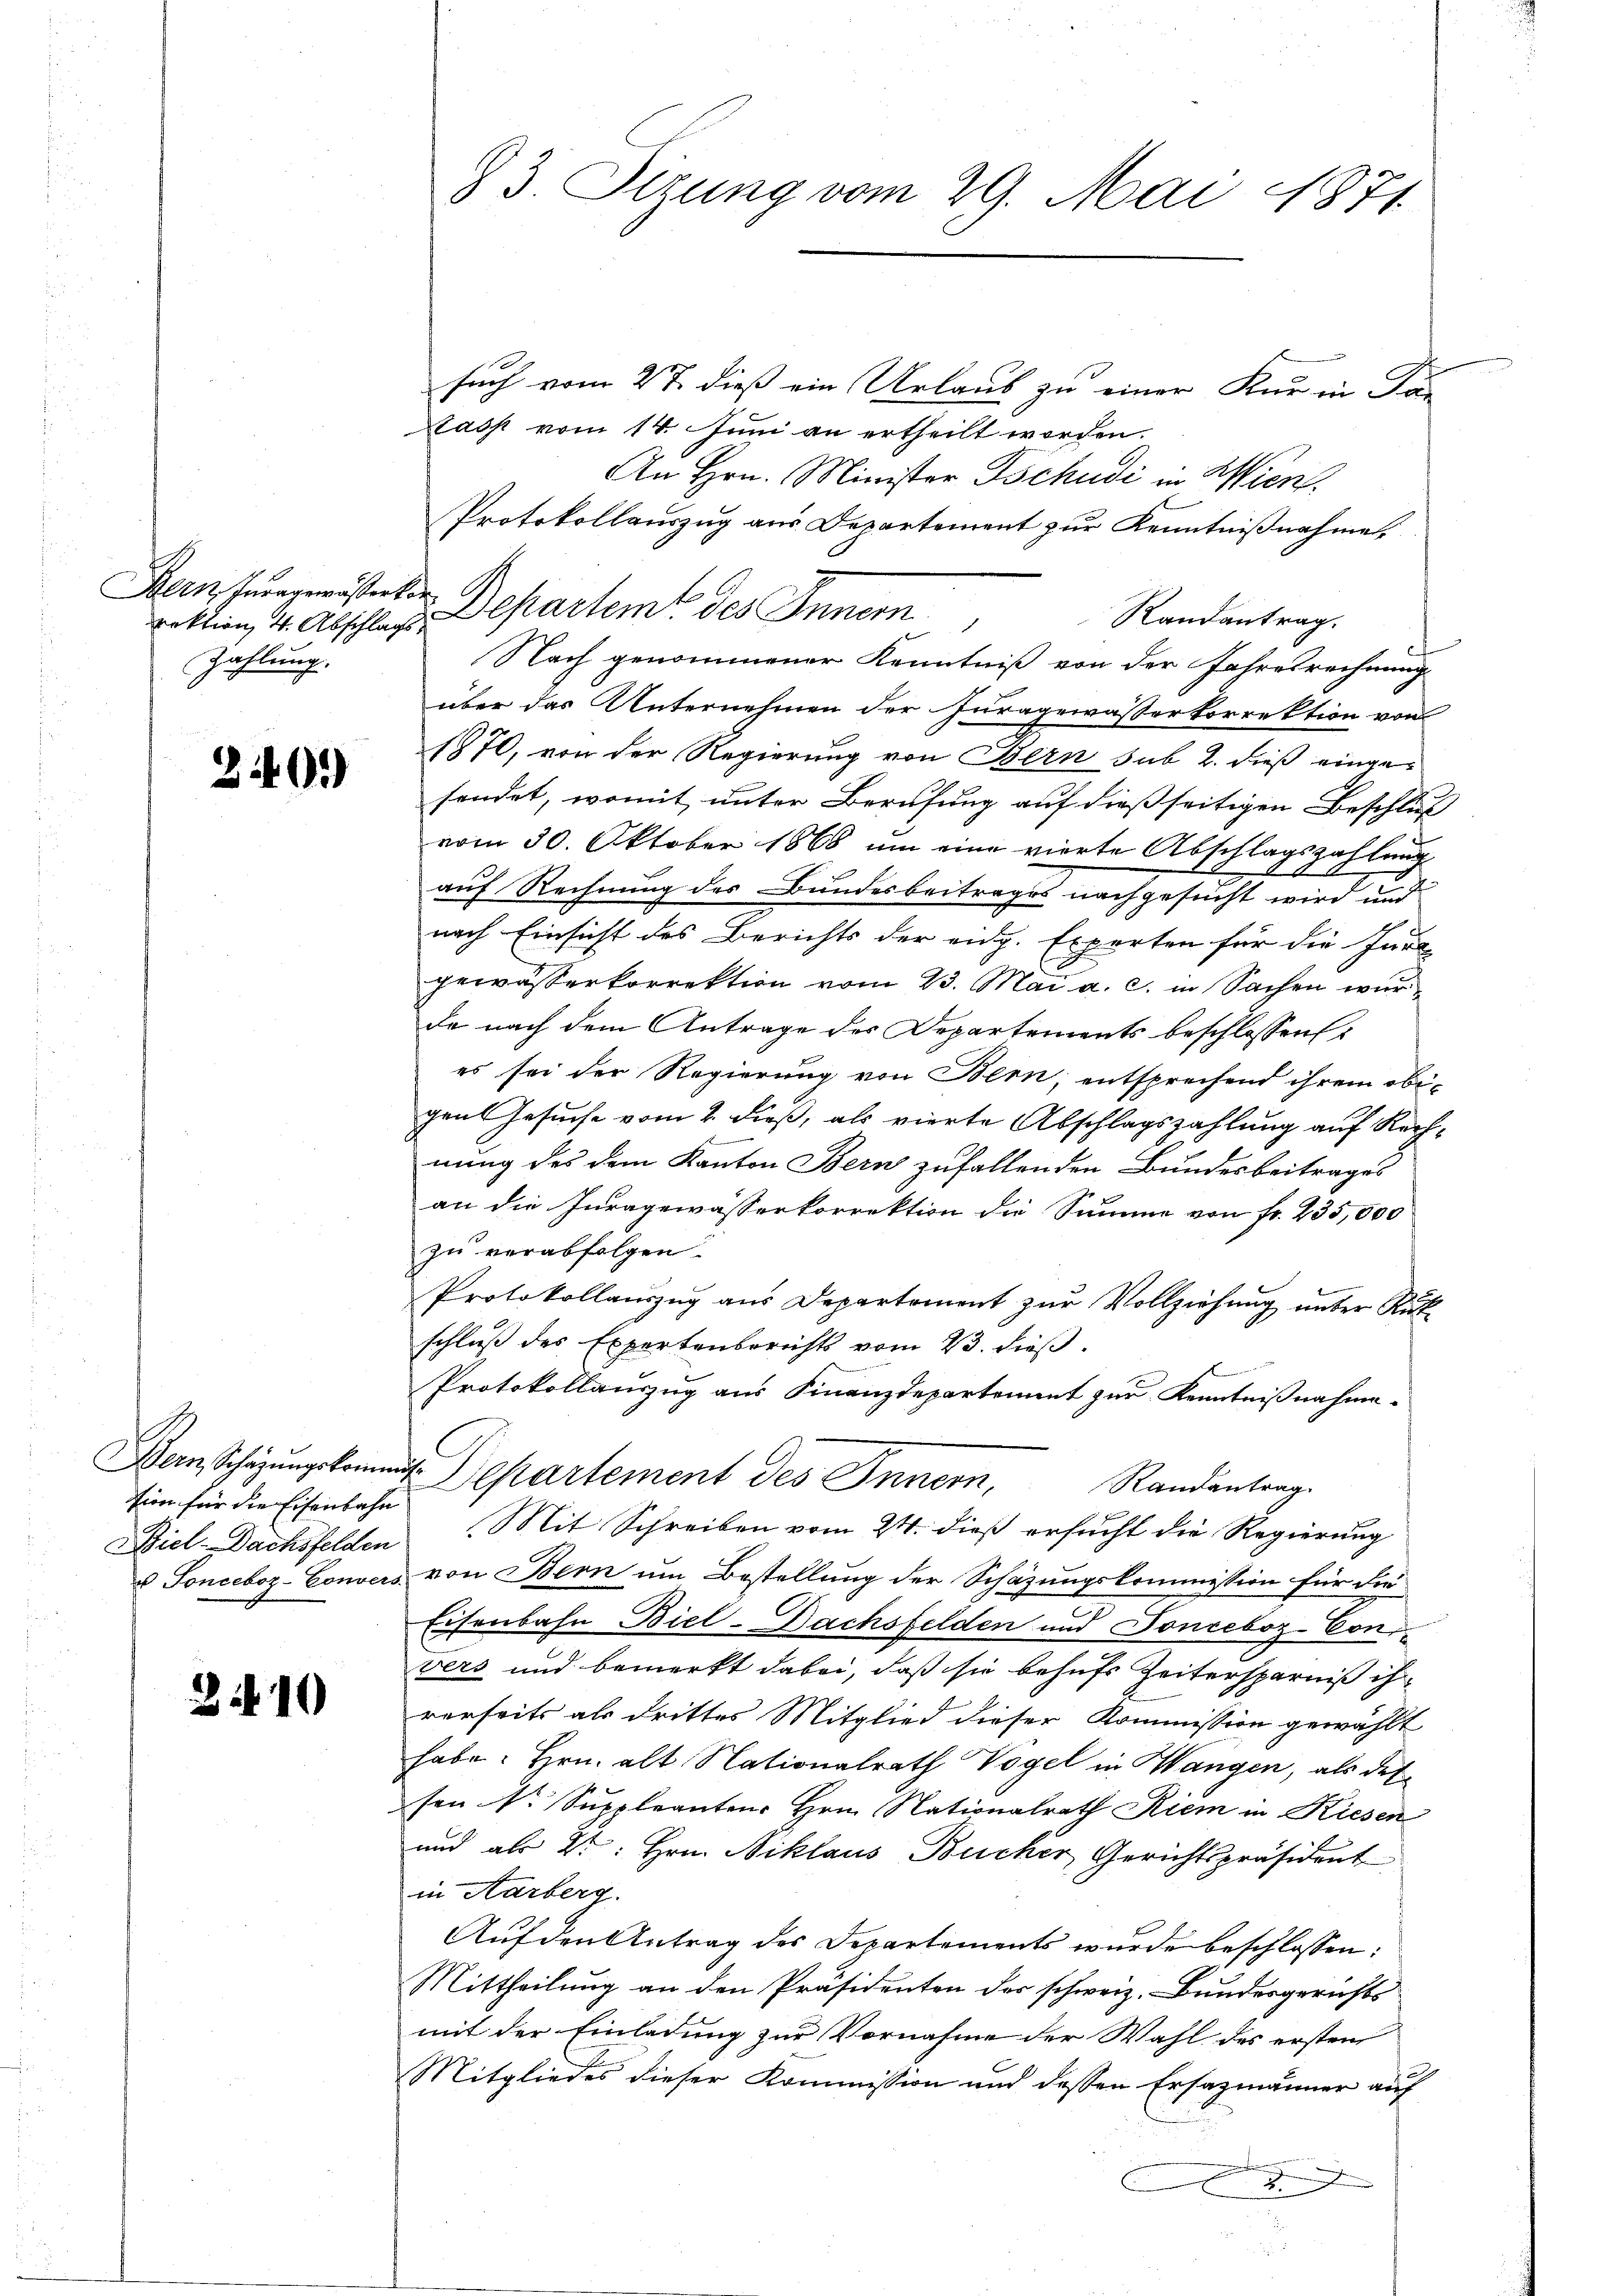
Bern Invagemästerkor¬
Zahlung.

201)

tion für die Eisenbahn

10

such vom 27. dieß ein Urlaub zu einer Kur in Par
Dass vom 14. Juni an ertheilt worden.
An Hrn. Minister Tschudi in Wien,
Protokollauszug aus Departement zur Kenntnißnahme.
rektion, 4. Abschlag, Departem des Innern,
Randantrag.
Nach genommener Kenntniß von der Jahresrechnung
über das Unternehmen der Furagewässerkorrektion von
1870, von der Regierung von Bern sub 2. dieß eingesendet, womit unter Berufung auf dießseitigen Beschluß
vom 30. Oktober 1868 um eine vierte Abschlagszahlung
auf Rechnung des Bundesbeitrages nachgesucht wird und
nach Einsicht des Berichts der eidg. Experten für die Jur
gewässerkorrektion vom 23. Mai a. c. in Sachen wurda nach dem Antrage des Departements beschlossen
es sei der Regierung von Bern, entsprechend ihrem obigen Gesuche vom 2. dieß, als vierte Abschlagszahlung auf Rechf
nung des dem Kanton Bern zufallenden Bundesbeitrages
an die Inragewässerkorrektion die Summe von fr. 235,000
zu verabfolgen.

Protokollaŭszŭg aŭs Departement zŭr Vollziehŭng unter Rük
schluß des Expertenberichts vom 23. dieß.
Protokollauszug aus Finanzdepartement zur Kenntnißnahme
Departement des Innern,
Randantrag.
Diel-Dachsfelden Mit Schreiben vom 24. dieß ersucht die Regierung
u Sonceboz-Convers von Bern um Bestellung der Schazungskommission für die
Eisenbahn Biel-Dachsfelden und Ponceboz-Con
vers und bemerkt dabei, daß sie behufs Zeitersparniß ihr
rerseits als drittes Mitglied dieser Kommission gewählt
habe. Hrn. alt Nationalrath Vogel in Wangen, als des
sen Dr. Suppleanten Hrn. Nationalrath Riem in Kiesen
und als Dr. Hrn. Niklaus Bücher Gerichtspräsident
in Aarberg.
Auf den Antrag des Departements wurde beschlossen:
Mittheilung an den Präsidenten der schweiz. Bundesgerichts
mit der Einladung zur Vornahme der Wahl des ersten
Mitgliedes dieser Kommission und dessen Ersazmänner auf
B
2

83. Sizung vom 29. Mai 1871